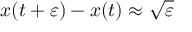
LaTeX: x ( t + \varepsilon ) - x ( t ) \approx { \sqrt { \varepsilon } }